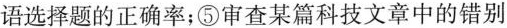
语选择题的正确率；⑤审查某篇科技文章中的错别字